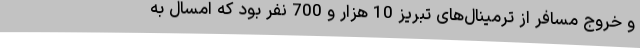
و خروج مسافر از ترمینال‌های تبریز 10 هزار و 700 نفر بود که امسال به